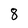
Character: 8